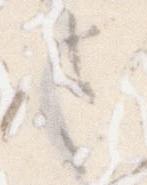
さ